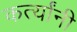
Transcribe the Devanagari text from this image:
कर्त्यांनी